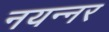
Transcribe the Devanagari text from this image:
नयन्नर